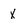
Character: X